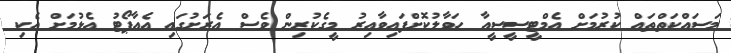
މަސައްކަތްތައް ކުރުމަށް އެމްޓީސީސީއާ ހަވާލުކޮށްފައިވާއިރު މީގެކުރިން ވެސް އެރަށުގައި އެއާޕޯޓު އެޅުމަށް އެކި